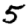
Digit: 5